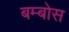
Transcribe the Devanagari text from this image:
बम्बोस